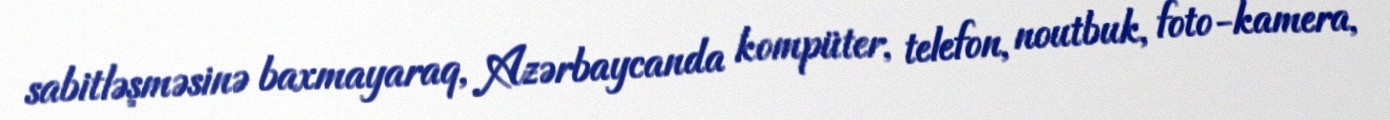
sabitləşməsinə baxmayaraq, Azərbaycanda kompüter, telefon, noutbuk, foto-kamera,